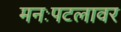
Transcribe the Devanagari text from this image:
मनःपटलावर